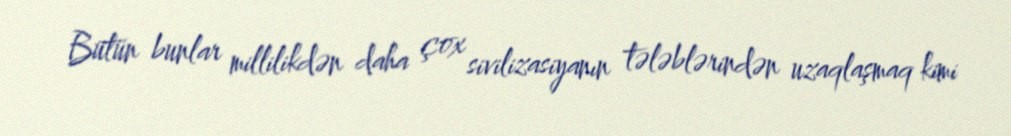
Bütün bunlar millilikdən daha çox sivilizasiyanın tələblərindən uzaqlaşmaq kimi